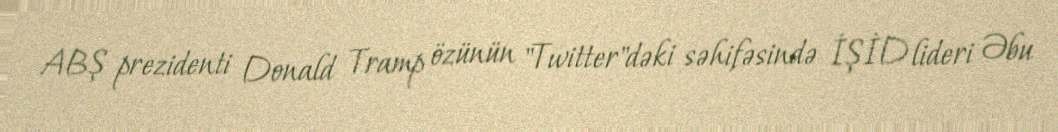
ABŞ prezidenti Donald Tramp özünün "Twitter"dəki səhifəsində İŞİD lideri Əbu